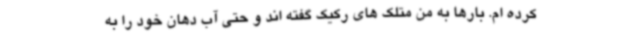
کرده ام. بارها به من متلک های رکیک گفته اند و حتی آب دهان خود را به